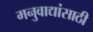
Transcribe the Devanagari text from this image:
मनुवाद्यांसाठी